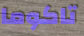
تاكوما